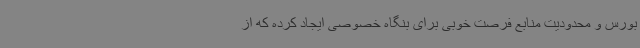
بورس و محدودیت منابع فرصت خوبی برای بنگاه خصوصی ایجاد کرده که از